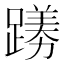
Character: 𫏟